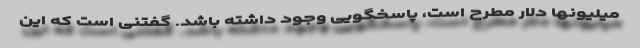
میلیونها دلار مطرح است، پاسخگویی وجود داشته باشد. گفتنی است که این